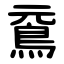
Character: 䲶